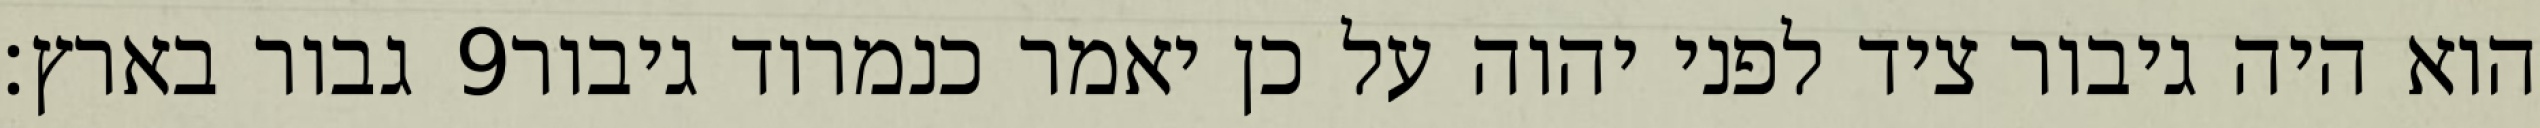
גבור בארץ׃ ‎9‏ הוא היה גיבור ציד לפני יהוה על כן יאמר כנמרוד גיבור